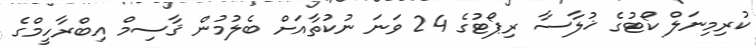
ކުރިމިނަލް ކޯޓުގެ ޚުލާސާ ރިޕޯޓުގެ 24 ވަނަ ނުކުތާއަށް ބެލުމުން ޤާސިމް އިބްރާހީމްގެ